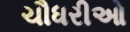
ચૌધરીઓ